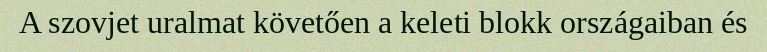
A szovjet uralmat követően a keleti blokk országaiban és